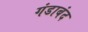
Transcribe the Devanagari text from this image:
गंडाबंद